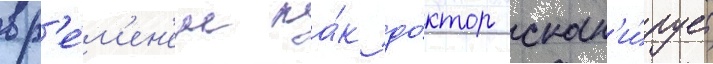
вр'е́м'ен'ем ка́к до́ктор скан'и́рует